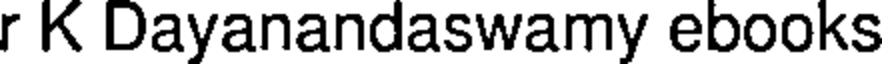
r K Dayanandaswamy ebooks